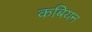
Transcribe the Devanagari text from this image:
कबियन